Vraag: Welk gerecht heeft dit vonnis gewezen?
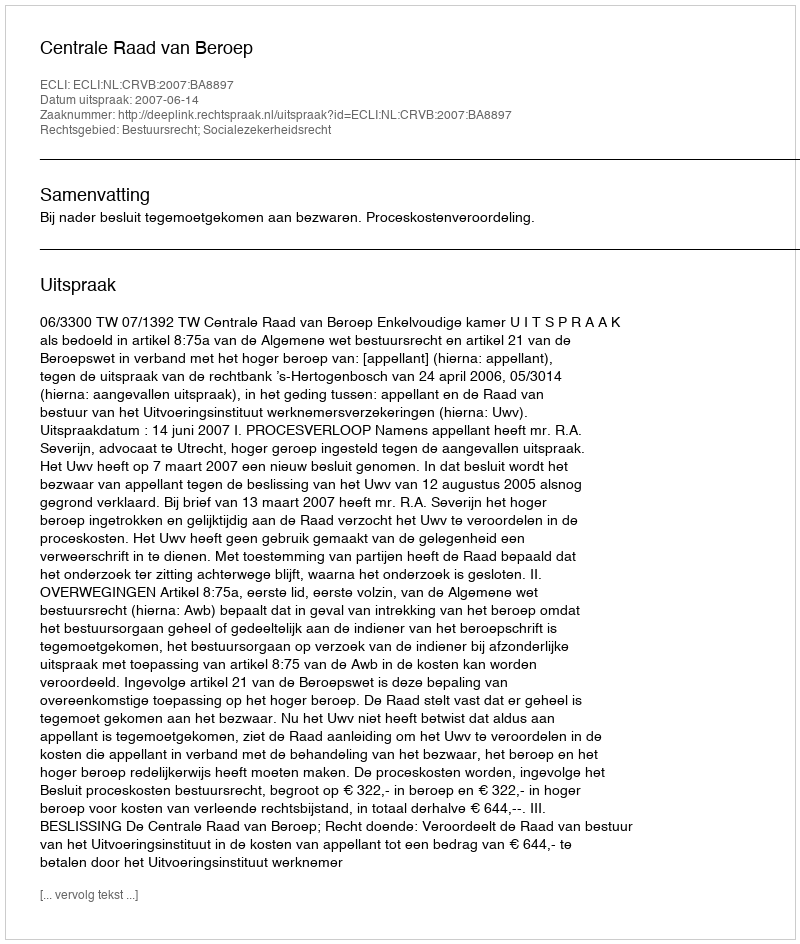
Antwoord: Centrale Raad van Beroep